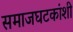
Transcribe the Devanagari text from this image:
समाजघटकांशी